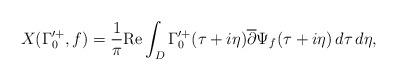
LaTeX: \begin{align*}X(\Gamma'^{+}_{0},f) = \frac{1}{\pi}\mathrm{Re}\int_{D}\Gamma'^{+}_{0}(\tau+i\eta)\overline{\partial} \Psi_{f}(\tau+i\eta)\,d\tau\,d\eta,\end{align*}